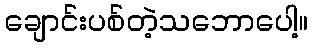
ချောင်းပစ်တဲ့သဘောပေါ့။